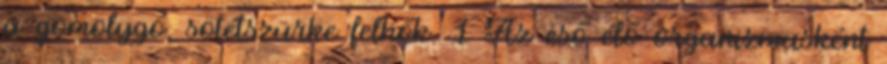
a gomolygó, sötétszürke felhők. 1 Az eső élő organizmusként